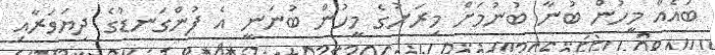
ބައެއް މީހުން ބުނާ ބުނުމަށް މިރަށުގެ މީހުން ބުނަނީ އެ ފުންގަނޑުގެ ދިޔަވަރާއި